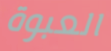
العبوة